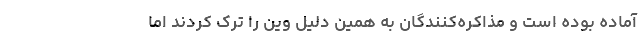
آماده بوده است و مذاکره‌کنندگان به همین دلیل وین را ترک کردند اما